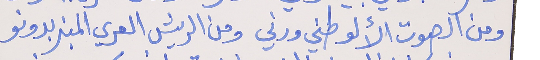
ومن الصوت الألو طني ورني     ومن الريش العري المنبر بدونو